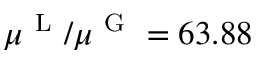
\mu ^ { \mathrm { ~ L ~ } } / \mu ^ { \mathrm { ~ G ~ } } = 6 3 . 8 8